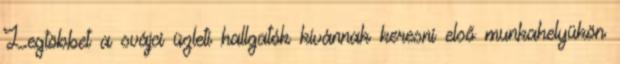
Legtöbbet a svájci üzleti hallgatók kívánnak keresni első munkahelyükön